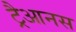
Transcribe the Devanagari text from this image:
ट्रैआनस